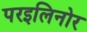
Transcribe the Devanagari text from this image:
परइलिनोर